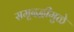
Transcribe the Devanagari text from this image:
समृदद्धीमुळे